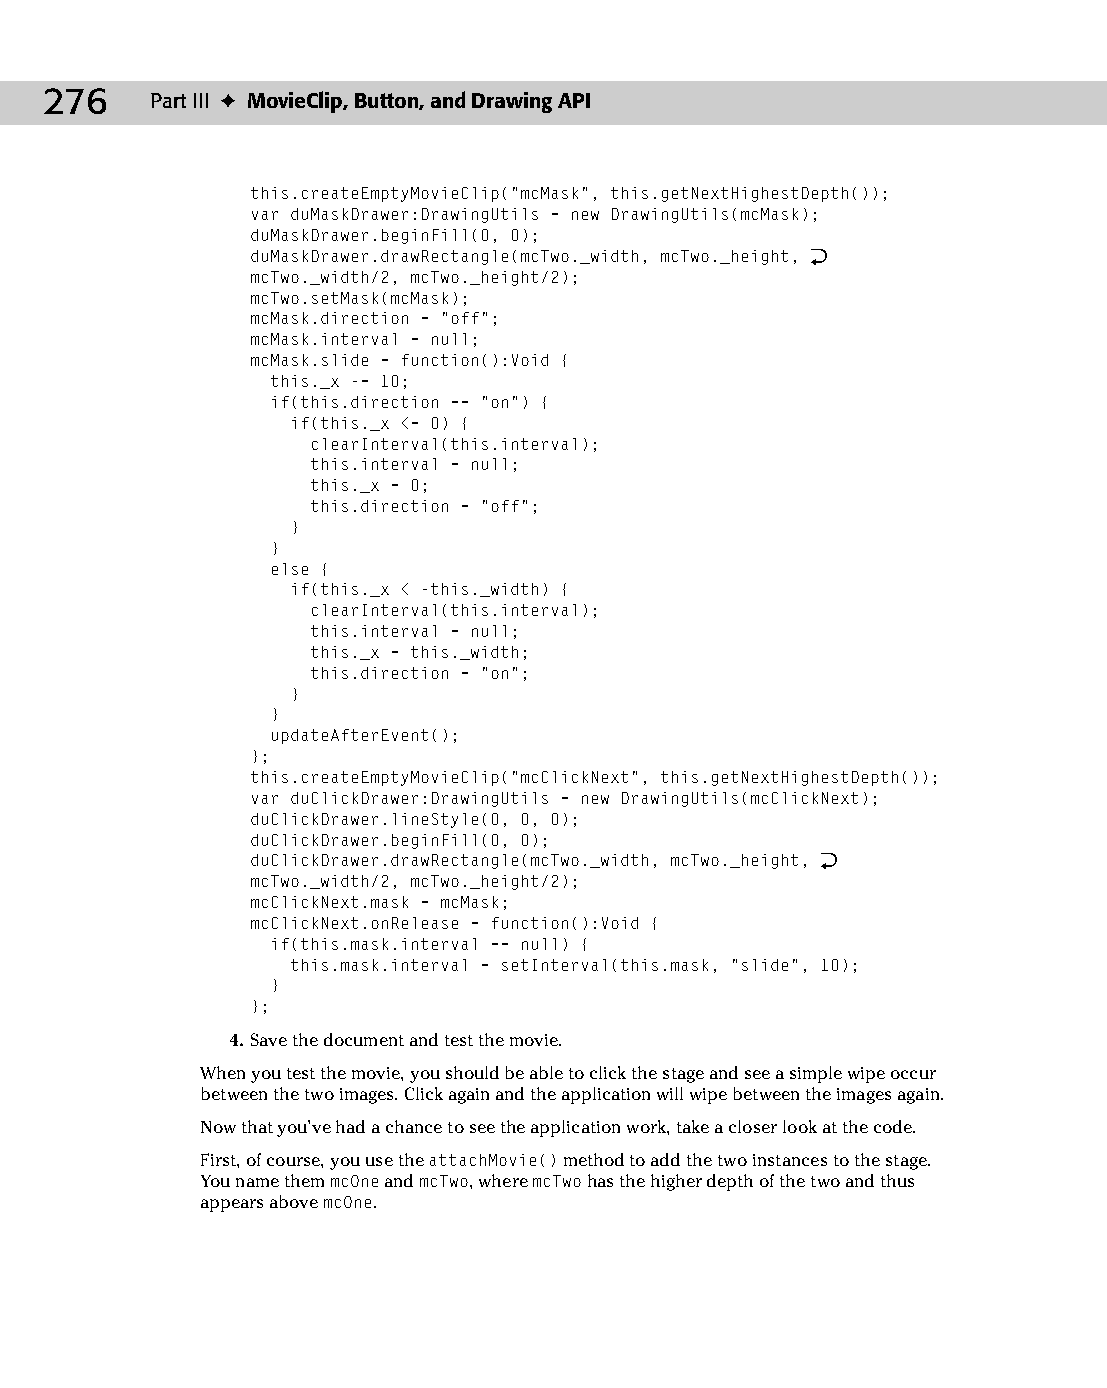
14 543547 ch10.qxd 3/24/04 3:49 PM Page 276
 276    Part III ✦ MovieClip, Button, and Drawing API
 this.createEmptyMovieClip(“mcMask”, this.getNextHighestDepth());
 var duMaskDrawer:DrawingUtils = new DrawingUtils(mcMask);
 duMaskDrawer.beginFill(0, 0);
 duMaskDrawer.drawRectangle(mcTwo._width, mcTwo._height, Æ
 mcTwo._width/2, mcTwo._height/2);
 mcTwo.setMask(mcMask);
 mcMask.direction = “off”;
 mcMask.interval = null;
 mcMask.slide = function():Void {
 this._x -= 10;
 if(this.direction == “on”) {
 if(this._x <= 0) {
 clearInterval(this.interval);
 this.interval = null;
 this._x = 0;
 this.direction = “off”;
 }
 }
 else {
 if(this._x < -this._width) {
 clearInterval(this.interval);
 this.interval = null;
 this._x = this._width;
 this.direction = “on”;
 }
 }
 updateAfterEvent();
 };
 this.createEmptyMovieClip(“mcClickNext”, this.getNextHighestDepth());
 var duClickDrawer:DrawingUtils = new DrawingUtils(mcClickNext);
 duClickDrawer.lineStyle(0, 0, 0);
 duClickDrawer.beginFill(0, 0);
 duClickDrawer.drawRectangle(mcTwo._width, mcTwo._height, Æ
 mcTwo._width/2, mcTwo._height/2);
 mcClickNext.mask = mcMask;
 mcClickNext.onRelease = function():Void {
 if(this.mask.interval == null) {
 this.mask.interval = setInterval(this.mask, “slide”, 10);
 }
 };
 4. Save the document and test the movie.
 When you test the movie, you should be able to click the stage and see a simple wipe occur
 between the two images. Click again and the application will wipe between the images again.
 Now that you’ve had a chance to see the application work, take a closer look at the code.
 First, of course, you use the attachMovie() method to add the two instances to the stage.
 You name them mcOne and mcTwo, where mcTwo has the higher depth of the two and thus
 appears above mcOne.